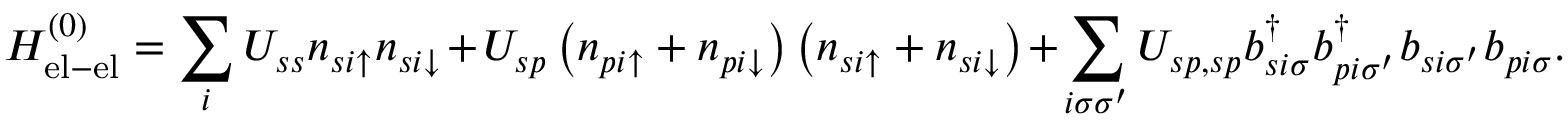
H _ { \mathrm { e l - e l } } ^ { ( 0 ) } = \sum _ { i } U _ { s s } n _ { s i \uparrow } n _ { s i \downarrow } + U _ { s p } \left( n _ { p i \uparrow } + n _ { p i \downarrow } \right) \left( n _ { s i \uparrow } + n _ { s i \downarrow } \right) + \sum _ { i \sigma \sigma ^ { \prime } } U _ { s p , s p } b _ { s i \sigma } ^ { \dagger } b _ { p i \sigma ^ { \prime } } ^ { \dagger } b _ { s i \sigma ^ { \prime } } b _ { p i \sigma } .